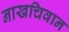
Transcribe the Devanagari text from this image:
नाखचिवान